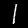
Label: 1